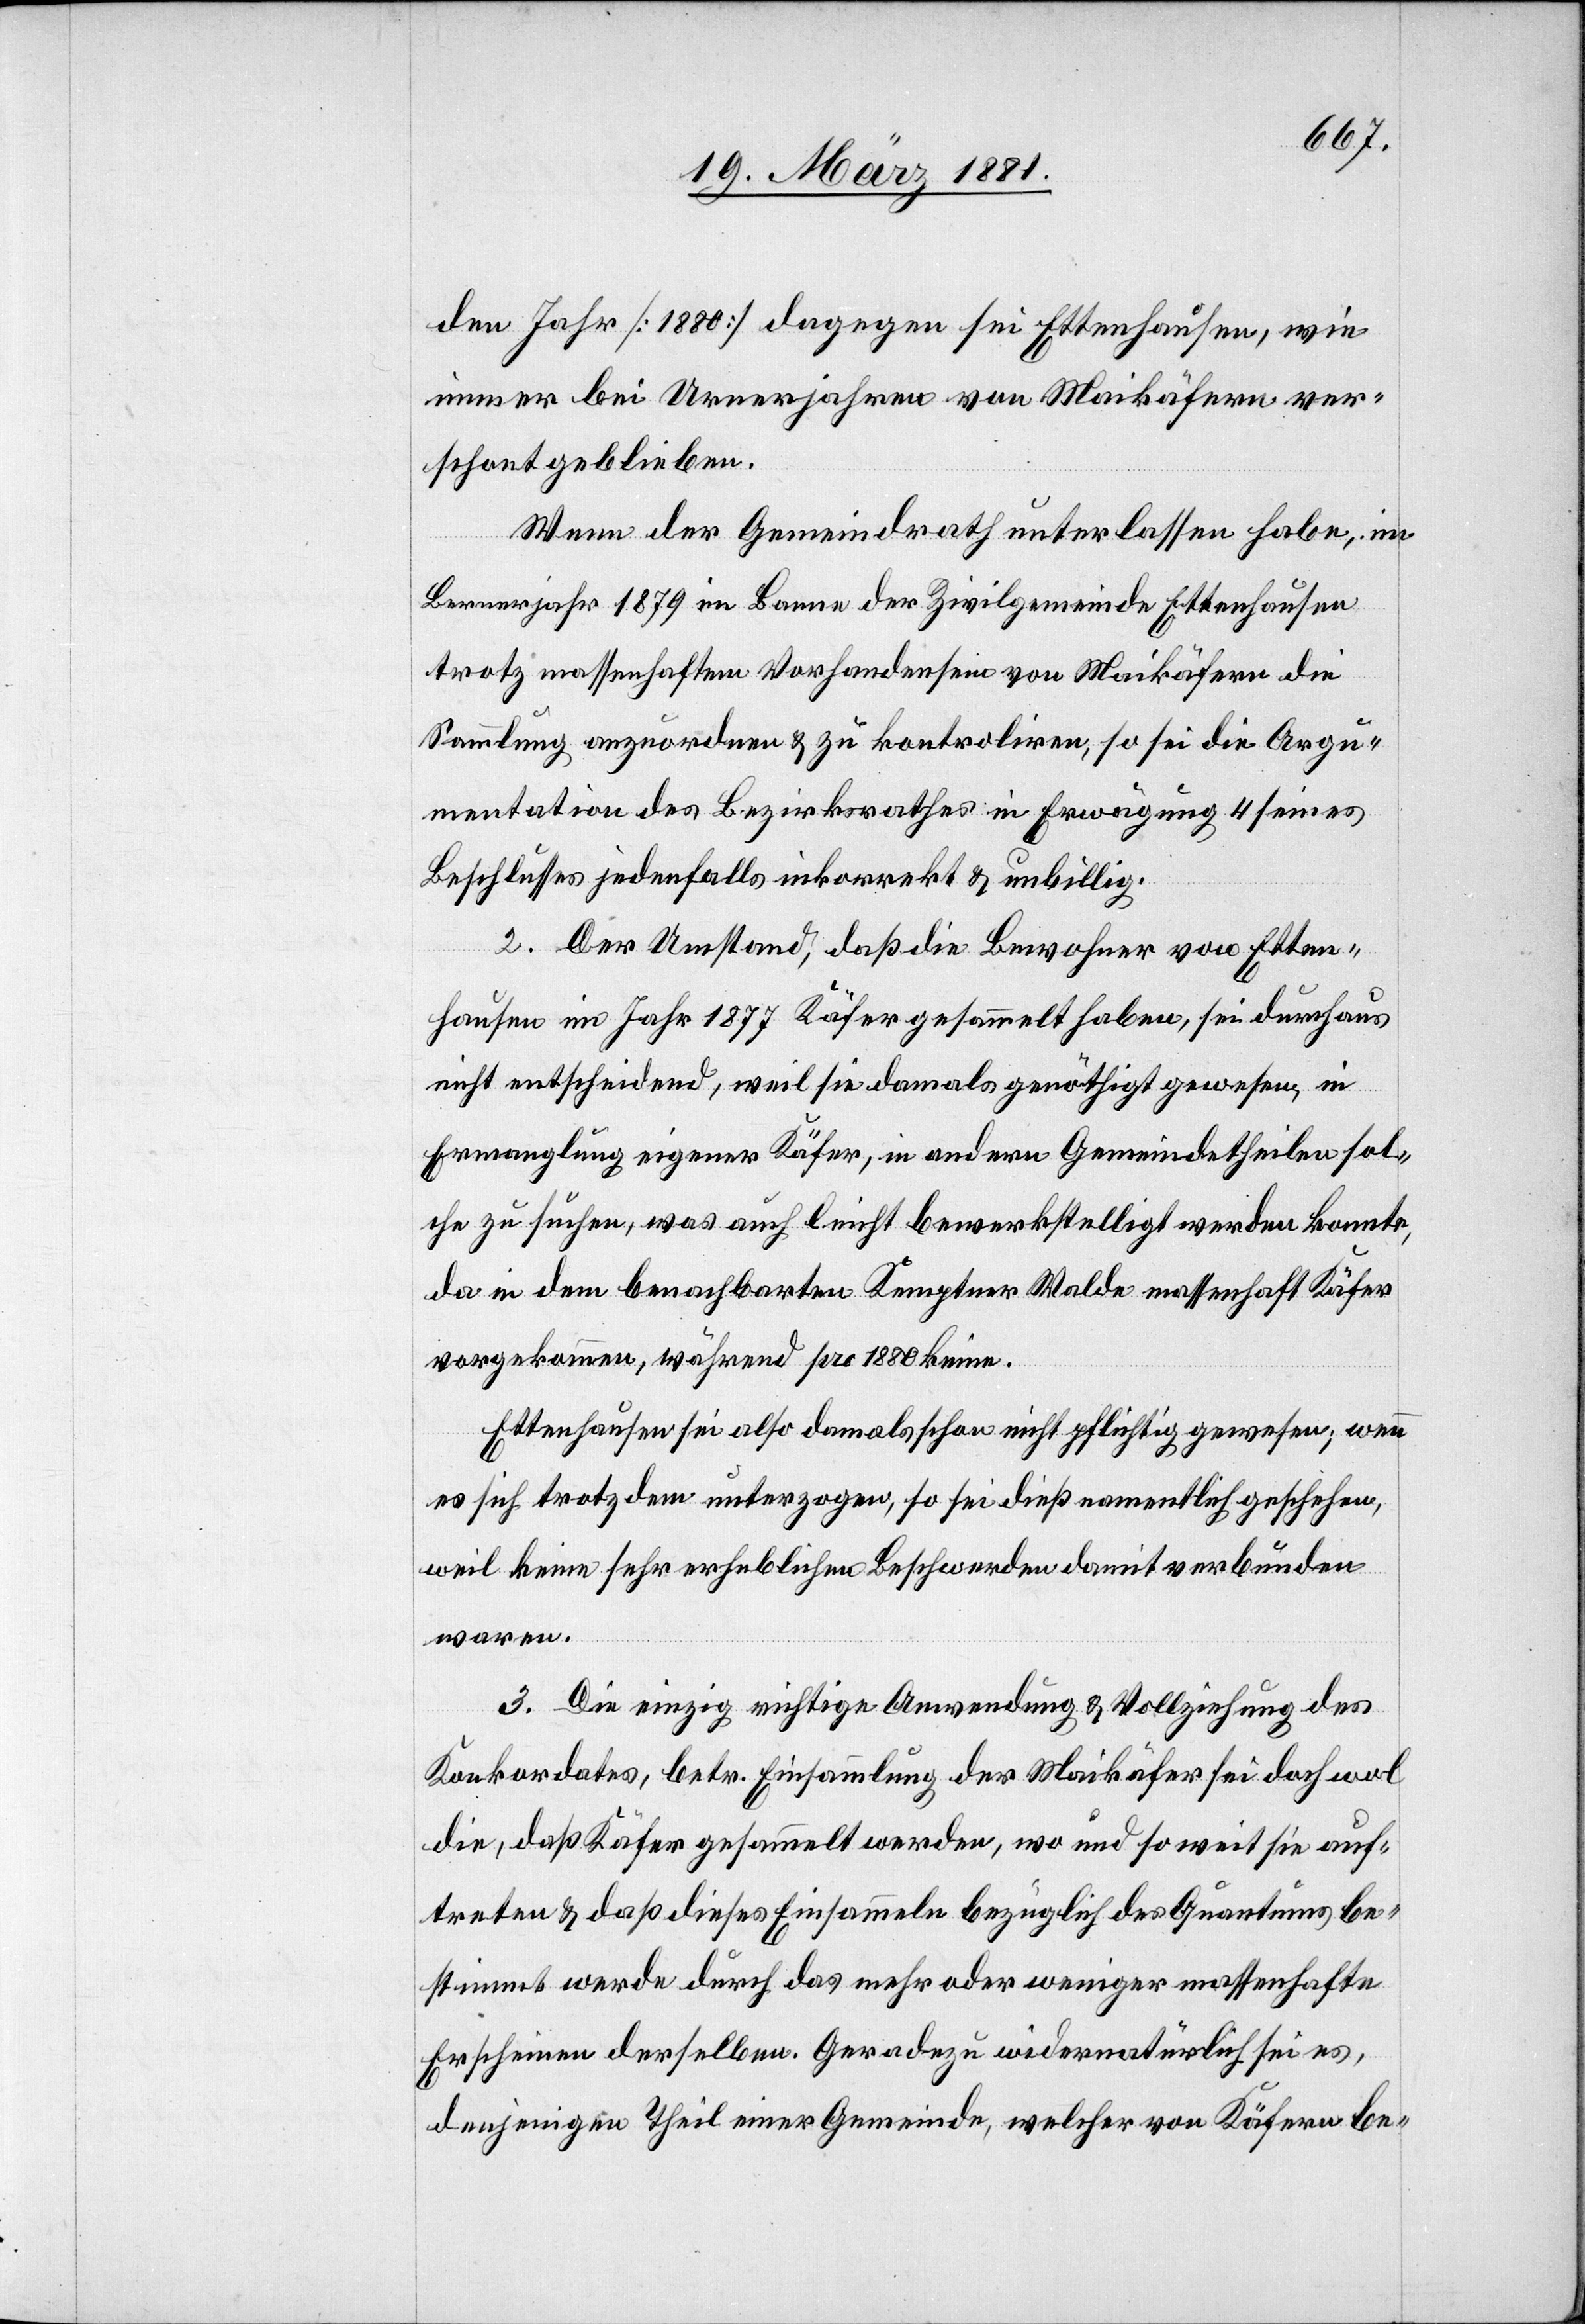
den Jahr [1880] dagegen sei Ettenhausen, wie
immer bei Urnerjahren von Maikäfern ver¬
schont geblieben.
Wenn der Gemeindrath unterlassen habe, im
Bernerjahr 1879 im Banne der Zivilgemeinde Ettenhausen
trotz massenhaftem Vorhandensein von Maikäfern die
Sammlung anzuordnen & zu kontroliren, so sei die Argu¬
mentation des Bezirksrathes in Erwägung 4 seines
Beschlusses jedenfalls inkorrekt & unbillig.
2. Der Umstand, daß die Bewohner von Etten¬
hausen im Jahr 1877 Käfer gesammelt haben, sei durchaus
nicht entscheidend, weil sie damals genöthigt gewesen, in
Ermangelung eigener Käfer, in andern Gemeindetheilen sol¬
che zu suchen, was auch leicht bewerkstelligt werden konnte,
da in dem benachbarten Kemptner Walde massenhaft Käfer
vorgekommen, während pro 1880 keine.
Ettenhausen sei also damals schon nicht pflichtig gewesen, wenn
es sich trotzdem unterzogen, so sei dieß namentlich geschehen,
weil keine sehr erheblichen Beschwerden damit verbunden
waren.
3. Die einzig richtige Anwendung & Vollziehung des
Konkordates, betr. Einsammlung der Maikäfer sei doch wol
die, daß Käfer gesammelt werden, wo und so weit sie auf¬
treten & daß dieses Einsammeln bezüglich des Quantums be¬
stimmt werde durch das mehr oder weniger massenhafte
Erscheinen derselben. Geradezu widernatürlich sei es,
denjenigen Theil einer Gemeinde, welcher von Käfern be-